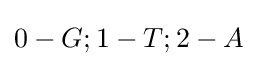
0-G;1-T;2-A